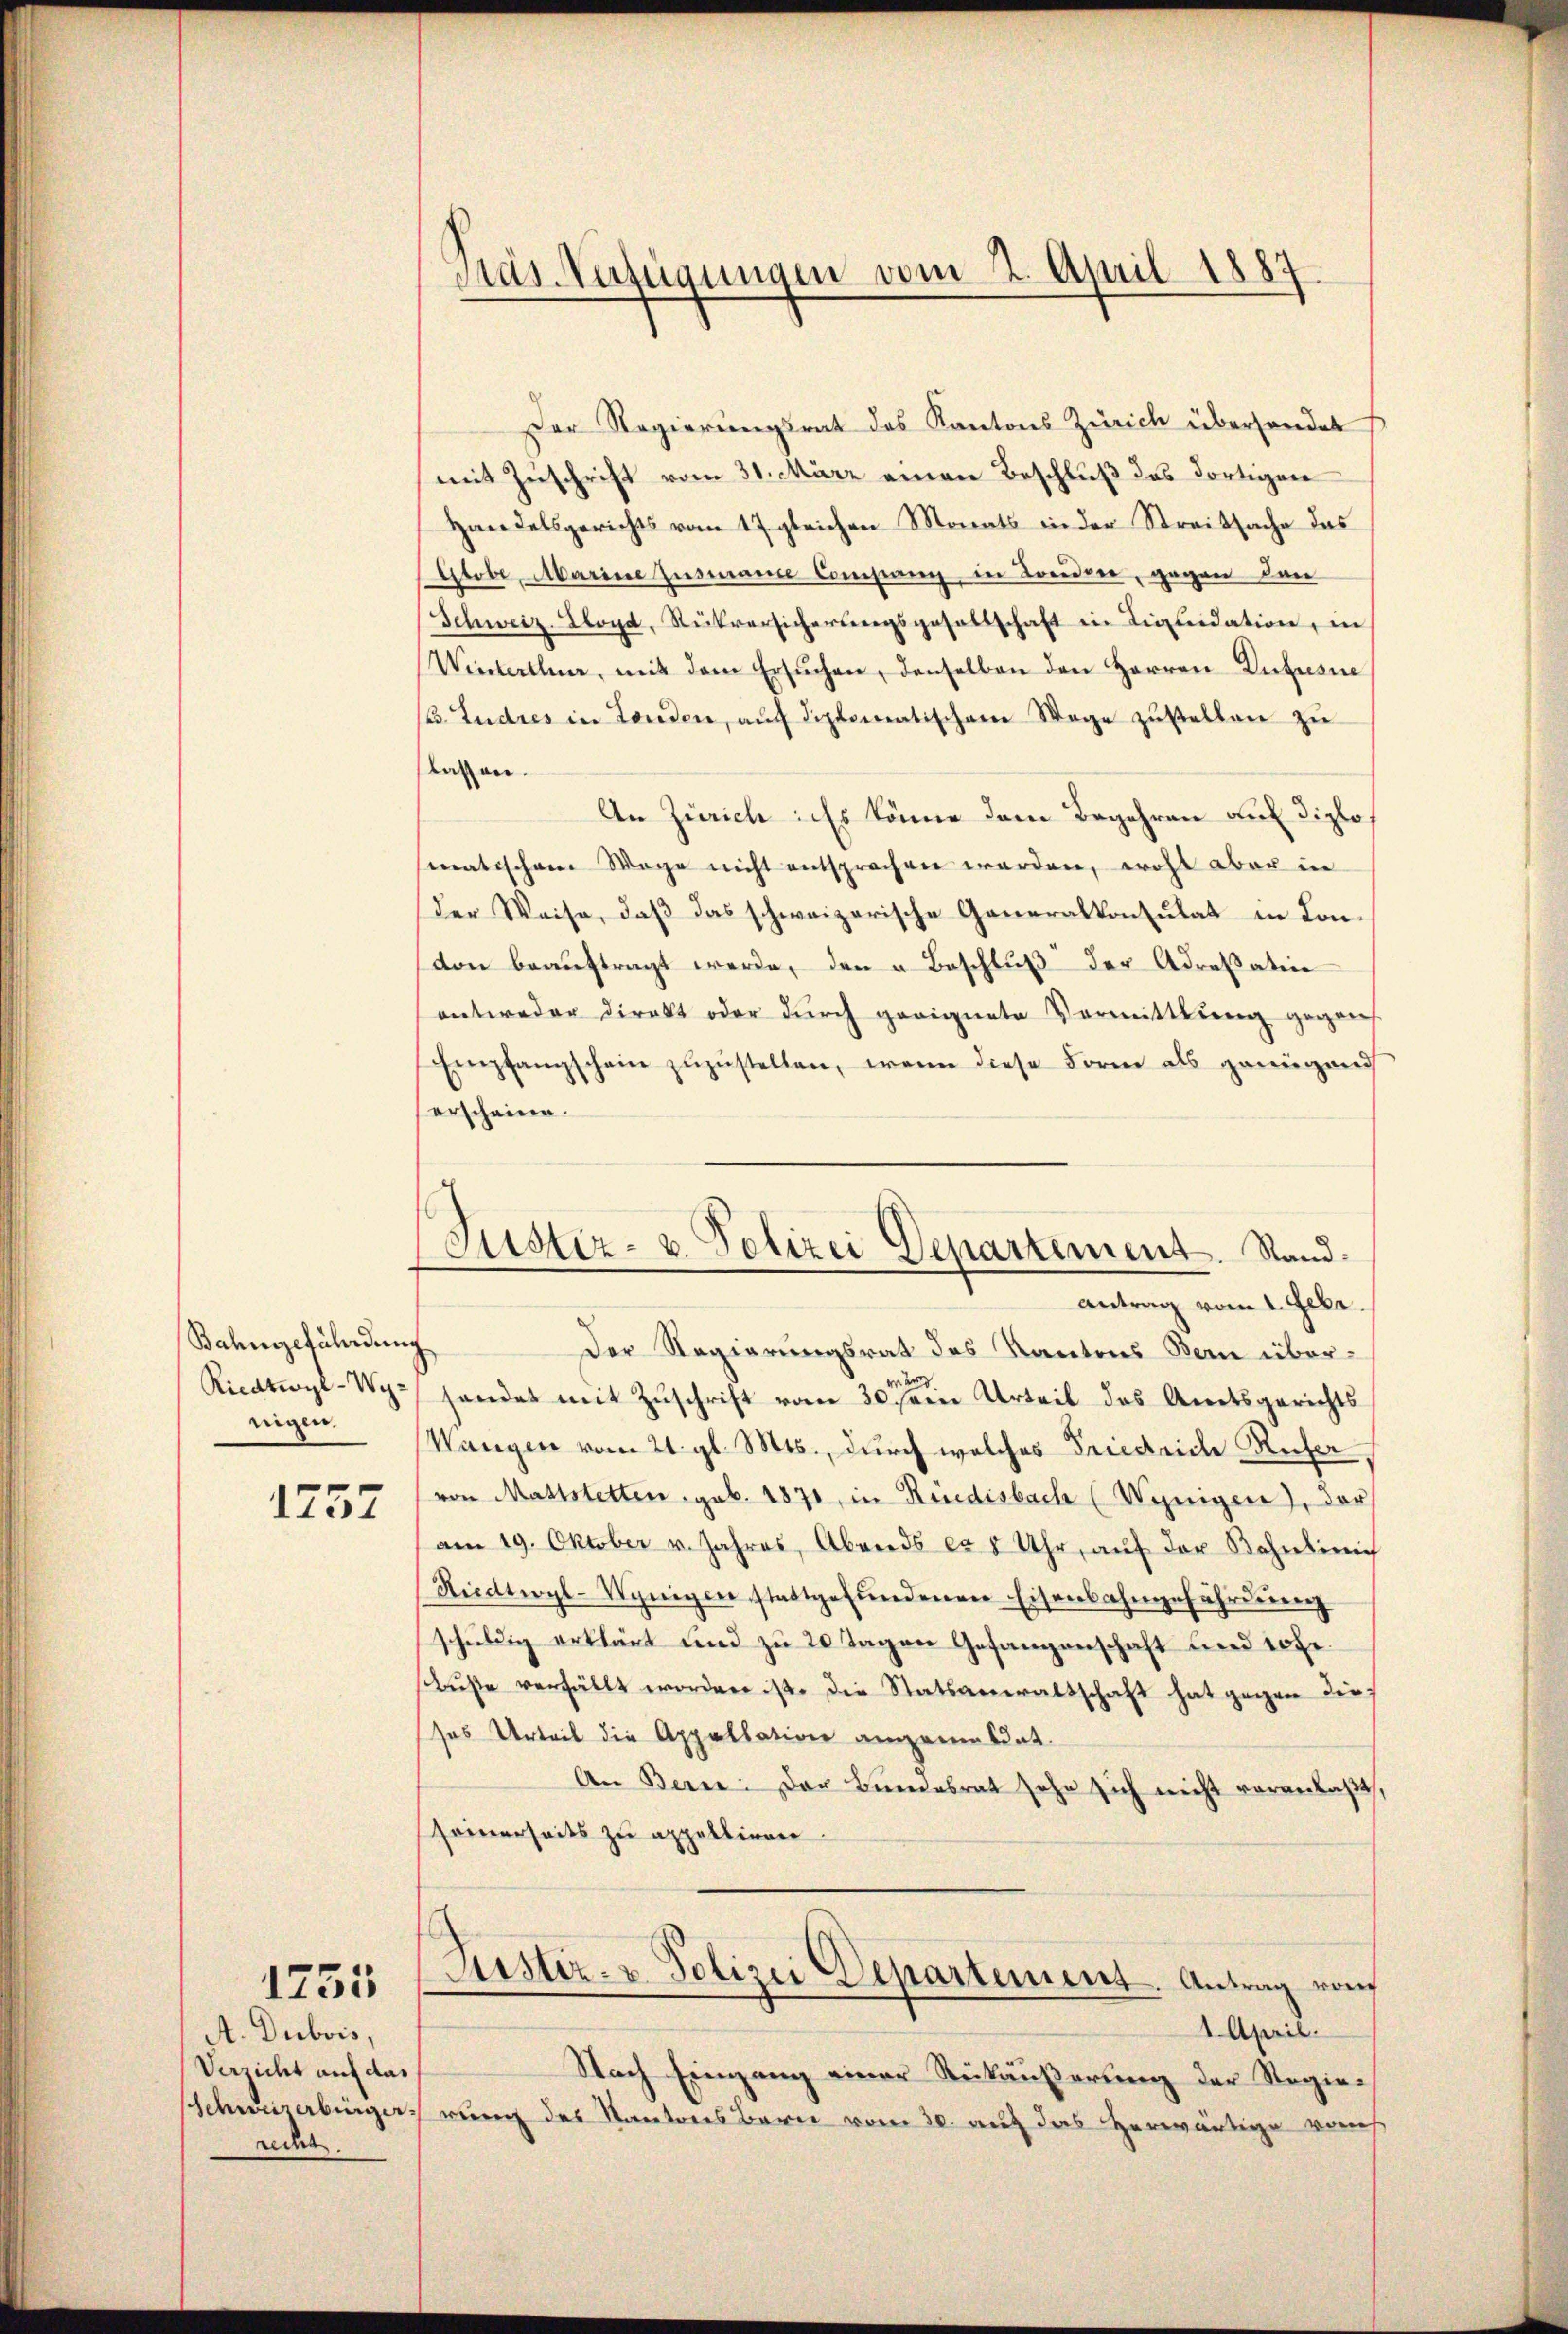
Bahngefährdung
Rications-Wy.
nigen.

1757

A. Dubois,
Verzicht auf das
Schweizerbürger.
recht.

1255

Pas-Verfügungen vom 2. April 1887.

Der Regierungsrat des Kantons Zürich überhandet
mit Zuschrift vom 31. März einen Beschluß des dortigen
Handelsgerichts vom 17. gleichen Monats in der Streitsache das
Globe, Mariese Zustande Company in Leiden, gegen dan
Schweiz. Lloyd, Rückversicherŭngsgesellschaft in Liquidation, in
Winterthun, mit dem ersŭchen, denselben den Herren Luxusne
. Ludres in Landen, aŭf diplomatischem Wege zŭstellen zŭ
lassen.
An Zürich ins könne dem Begehren auf diplomatischem Wege nicht entsprechen werden, wohl aber in
der Weise, daß das schweizerische Generalkonsulat in Convon beaŭftragt werde, den u. Beschlŭβ der Adressation
entweder Direkt oder durch geeignete Vermittlung gegens
Empfangschein zuzustellen, wenn diese Form als genügend
serscheine.
Antrag vom 1. Febr.
Der Regierungsrat des Kantons Bern übere
sendet mit Zuschrift vom 30. sen Urteil das Amtsgerichts
Wangen vom 21. gl. Mts., durch welches Friedriche Reser
von Mattstetten geb. 1871, in Rüedisbach (Weingen), der
am 19. Oktober u. Jahres, Abends ca 5 Uhr, aŭf der Bahnlini
Riedtwyl-Wynigen stattgefŭndenen Eisenbahngefährdŭng
schŭldig erklärt und zu 20 Tagen Gefangenschaft und 10fr.
Bŭβe verfällt worden ist. Die Statsanwaltschaft hat gegen die
sos Urteil die Appellation angenen dat.
An Berne: Der Bundesrat sehe sich nicht veranlaßt,
seinerseits zu appelliren
6
Justiz- u. Polizei Departement. Antrag von
1 April.
Nach Eingang einer Reikäußerung der Regieweng des Kantons Bern vom 30. auf das herwärtige vom

Justiz- u. Polizei Departement. Stand.